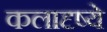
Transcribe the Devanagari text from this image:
कलादृष्ये